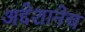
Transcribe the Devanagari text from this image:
अद्देशानेच